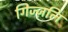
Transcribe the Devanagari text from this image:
गिज्ज़लि